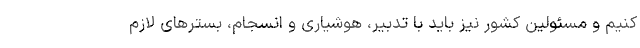
کنیم و مسئولین کشور نیز باید با تدبیر، هوشیاری و انسجام، بسترهای لازم